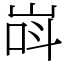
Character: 㟕